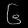
Digit: ၆